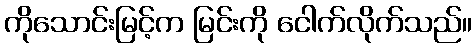
ကိုသောင်းမြင့်က မြင်းကို ငေါက်လိုက်သည်။